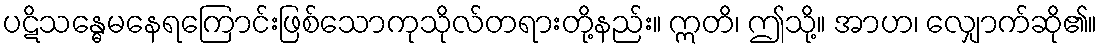
ပဋိသန္ဓေမနေရကြောင်းဖြစ်သောကုသိုလ်တရားတို့နည်း။ ဣတိ၊ ဤသို့။ အာဟ၊ လျှောက်ဆို၏။